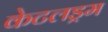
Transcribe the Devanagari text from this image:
केटलड्रम